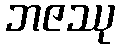
ဘဇဿု